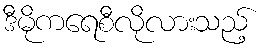
ဒီမိုကရေစီလိုလားသည့်